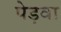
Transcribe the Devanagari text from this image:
पेड़वा